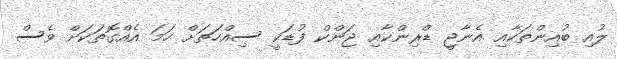
ލުއި ބުއިންތަކާއި އެނާޖީ ޑްރިންކާއި ޖަންކް ފުޑަކީ ސިއްހަތަށް ހަމަ އެއްގޮތަކަށް ވެސް